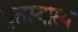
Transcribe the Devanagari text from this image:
प्रेतस्यास्य